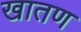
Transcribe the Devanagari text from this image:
खातण